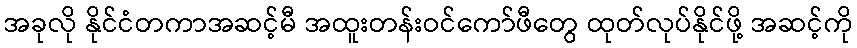
အခုလို နိုင်ငံတကာအဆင့်မီ အထူးတန်းဝင်ကော်ဖီတွေ ထုတ်လုပ်နိုင်ဖို့ အဆင့်ကို